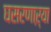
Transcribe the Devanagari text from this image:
घसरणाऱ्या